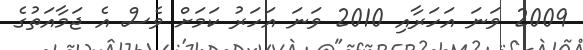
2009 ވަނަ އަހަރާއި 2010 ވަނަ އަހަރު ކަމަށް ވެސް އެ ޖަމާއަތުގެ